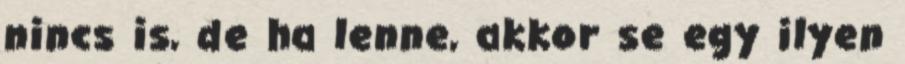
nincs is, de ha lenne, akkor se egy ilyen